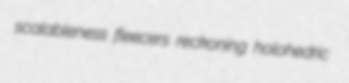
scalableness fleecers reckoning holohedric